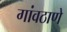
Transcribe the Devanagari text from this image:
गांवठाणे